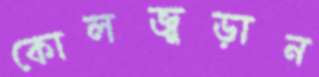
কোলজুড়ান